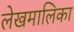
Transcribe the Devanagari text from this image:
लेखमालिका